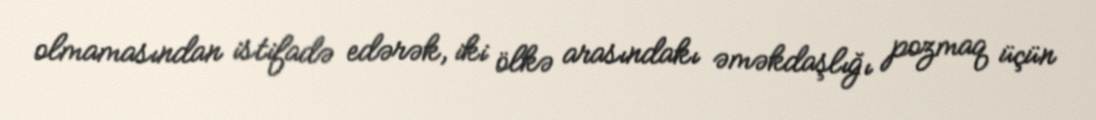
olmamasından istifadə edərək, iki ölkə arasındakı əməkdaşlığı pozmaq üçün